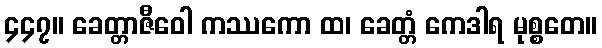
၄၄၇။ ခေတ္တာဇီဝေါ ကဿကော ထ၊ ခေတ္တံ ကေဒါရ မုစ္စတေ။